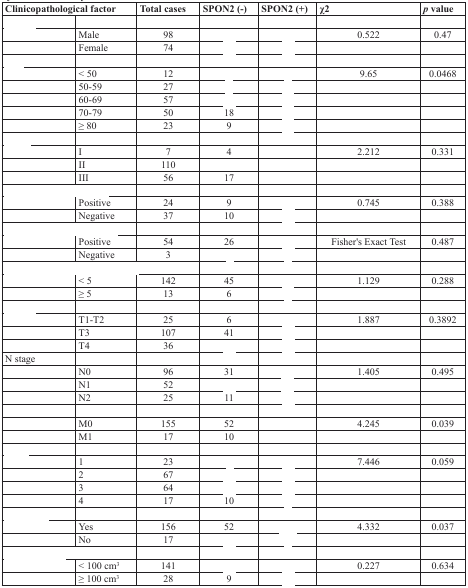
<table><thead><tr><td colspan="2"><b>Clinicopathological factor</b></td><td><b>Total cases</b></td><td><b>SPON2 (−)</b></td><td><b>SPON2 (+)</b></td><td><b>χ2</b></td><td><b><i>p</i> value</b></td></tr></thead><tbody><tr><td>[EMPTY_CELL]</td><td>[EMPTY_CELL]</td><td>[EMPTY_CELL]</td><td>[EMPTY_CELL]</td><td>[EMPTY_CELL]</td><td>[EMPTY_CELL]</td><td>[EMPTY_CELL]</td></tr><tr><td>[EMPTY_CELL]</td><td>Male</td><td>98</td><td>[EMPTY_CELL]</td><td>[EMPTY_CELL]</td><td>0.522</td><td>0.47</td></tr><tr><td>[EMPTY_CELL]</td><td>Female</td><td>74</td><td>[EMPTY_CELL]</td><td>[EMPTY_CELL]</td><td>[EMPTY_CELL]</td><td>[EMPTY_CELL]</td></tr><tr><td>[EMPTY_CELL]</td><td>[EMPTY_CELL]</td><td>[EMPTY_CELL]</td><td>[EMPTY_CELL]</td><td>[EMPTY_CELL]</td><td>[EMPTY_CELL]</td><td>[EMPTY_CELL]</td></tr><tr><td>[EMPTY_CELL]</td><td>&lt; 50</td><td>12</td><td>[EMPTY_CELL]</td><td>[EMPTY_CELL]</td><td>9.65</td><td>0.0468</td></tr><tr><td>[EMPTY_CELL]</td><td>50-59</td><td>27</td><td>[EMPTY_CELL]</td><td>[EMPTY_CELL]</td><td>[EMPTY_CELL]</td><td>[EMPTY_CELL]</td></tr><tr><td>[EMPTY_CELL]</td><td>60-69</td><td>57</td><td>[EMPTY_CELL]</td><td>[EMPTY_CELL]</td><td>[EMPTY_CELL]</td><td>[EMPTY_CELL]</td></tr><tr><td>[EMPTY_CELL]</td><td>70-79</td><td>50</td><td>18</td><td>[EMPTY_CELL]</td><td>[EMPTY_CELL]</td><td>[EMPTY_CELL]</td></tr><tr><td>[EMPTY_CELL]</td><td>≥ 80</td><td>23</td><td>9</td><td>[EMPTY_CELL]</td><td>[EMPTY_CELL]</td><td>[EMPTY_CELL]</td></tr><tr><td>[EMPTY_CELL]</td><td>[EMPTY_CELL]</td><td>[EMPTY_CELL]</td><td>[EMPTY_CELL]</td><td>[EMPTY_CELL]</td><td>[EMPTY_CELL]</td><td>[EMPTY_CELL]</td></tr><tr><td>[EMPTY_CELL]</td><td>I</td><td>7</td><td>4</td><td>[EMPTY_CELL]</td><td>2.212</td><td>0.331</td></tr><tr><td>[EMPTY_CELL]</td><td>II</td><td>110</td><td>[EMPTY_CELL]</td><td>[EMPTY_CELL]</td><td>[EMPTY_CELL]</td><td>[EMPTY_CELL]</td></tr><tr><td>[EMPTY_CELL]</td><td>III</td><td>56</td><td>17</td><td>[EMPTY_CELL]</td><td>[EMPTY_CELL]</td><td>[EMPTY_CELL]</td></tr><tr><td colspan="2">[EMPTY_CELL]</td><td>[EMPTY_CELL]</td><td>[EMPTY_CELL]</td><td>[EMPTY_CELL]</td><td>[EMPTY_CELL]</td><td>[EMPTY_CELL]</td></tr><tr><td>[EMPTY_CELL]</td><td>Positive</td><td>24</td><td>9</td><td>[EMPTY_CELL]</td><td>0.745</td><td>0.388</td></tr><tr><td>[EMPTY_CELL]</td><td>Negative</td><td>37</td><td>10</td><td>[EMPTY_CELL]</td><td>[EMPTY_CELL]</td><td>[EMPTY_CELL]</td></tr><tr><td colspan="2">[EMPTY_CELL]</td><td>[EMPTY_CELL]</td><td>[EMPTY_CELL]</td><td>[EMPTY_CELL]</td><td>[EMPTY_CELL]</td><td>[EMPTY_CELL]</td></tr><tr><td>[EMPTY_CELL]</td><td>Positive</td><td>54</td><td>26</td><td>[EMPTY_CELL]</td><td>Fisher's Exact Test</td><td>0.487</td></tr><tr><td>[EMPTY_CELL]</td><td>Negative</td><td>3</td><td>[EMPTY_CELL]</td><td>[EMPTY_CELL]</td><td>[EMPTY_CELL]</td><td>[EMPTY_CELL]</td></tr><tr><td colspan="3">[EMPTY_CELL]</td><td>[EMPTY_CELL]</td><td>[EMPTY_CELL]</td><td>[EMPTY_CELL]</td><td>[EMPTY_CELL]</td></tr><tr><td>[EMPTY_CELL]</td><td>&lt; 5</td><td>142</td><td>45</td><td>[EMPTY_CELL]</td><td>1.129</td><td>0.288</td></tr><tr><td>[EMPTY_CELL]</td><td>≥ 5</td><td>13</td><td>6</td><td>[EMPTY_CELL]</td><td>[EMPTY_CELL]</td><td>[EMPTY_CELL]</td></tr><tr><td>[EMPTY_CELL]</td><td>[EMPTY_CELL]</td><td>[EMPTY_CELL]</td><td>[EMPTY_CELL]</td><td>[EMPTY_CELL]</td><td>[EMPTY_CELL]</td><td>[EMPTY_CELL]</td></tr><tr><td>[EMPTY_CELL]</td><td>T1-T2</td><td>25</td><td>6</td><td>[EMPTY_CELL]</td><td>1.887</td><td>0.3892</td></tr><tr><td>[EMPTY_CELL]</td><td>T3</td><td>107</td><td>41</td><td>[EMPTY_CELL]</td><td>[EMPTY_CELL]</td><td>[EMPTY_CELL]</td></tr><tr><td>[EMPTY_CELL]</td><td>T4</td><td>36</td><td>[EMPTY_CELL]</td><td>[EMPTY_CELL]</td><td>[EMPTY_CELL]</td><td>[EMPTY_CELL]</td></tr><tr><td>N stage</td><td>[EMPTY_CELL]</td><td>[EMPTY_CELL]</td><td>[EMPTY_CELL]</td><td>[EMPTY_CELL]</td><td>[EMPTY_CELL]</td><td>[EMPTY_CELL]</td></tr><tr><td>[EMPTY_CELL]</td><td>N0</td><td>96</td><td>31</td><td>[EMPTY_CELL]</td><td>1.405</td><td>0.495</td></tr><tr><td>[EMPTY_CELL]</td><td>N1</td><td>52</td><td>[EMPTY_CELL]</td><td>[EMPTY_CELL]</td><td>[EMPTY_CELL]</td><td>[EMPTY_CELL]</td></tr><tr><td>[EMPTY_CELL]</td><td>N2</td><td>25</td><td>11</td><td>[EMPTY_CELL]</td><td>[EMPTY_CELL]</td><td>[EMPTY_CELL]</td></tr><tr><td>[EMPTY_CELL]</td><td>[EMPTY_CELL]</td><td>[EMPTY_CELL]</td><td>[EMPTY_CELL]</td><td>[EMPTY_CELL]</td><td>[EMPTY_CELL]</td><td>[EMPTY_CELL]</td></tr><tr><td>[EMPTY_CELL]</td><td>M0</td><td>155</td><td>52</td><td>[EMPTY_CELL]</td><td>4.245</td><td>0.039</td></tr><tr><td>[EMPTY_CELL]</td><td>M1</td><td>17</td><td>10</td><td>[EMPTY_CELL]</td><td>[EMPTY_CELL]</td><td>[EMPTY_CELL]</td></tr><tr><td>[EMPTY_CELL]</td><td>[EMPTY_CELL]</td><td>[EMPTY_CELL]</td><td>[EMPTY_CELL]</td><td>[EMPTY_CELL]</td><td>[EMPTY_CELL]</td><td>[EMPTY_CELL]</td></tr><tr><td>[EMPTY_CELL]</td><td>1</td><td>23</td><td>[EMPTY_CELL]</td><td>[EMPTY_CELL]</td><td>7.446</td><td>0.059</td></tr><tr><td>[EMPTY_CELL]</td><td>2</td><td>67</td><td>[EMPTY_CELL]</td><td>[EMPTY_CELL]</td><td>[EMPTY_CELL]</td><td>[EMPTY_CELL]</td></tr><tr><td>[EMPTY_CELL]</td><td>3</td><td>64</td><td>[EMPTY_CELL]</td><td>[EMPTY_CELL]</td><td>[EMPTY_CELL]</td><td>[EMPTY_CELL]</td></tr><tr><td>[EMPTY_CELL]</td><td>4</td><td>17</td><td>10</td><td>[EMPTY_CELL]</td><td>[EMPTY_CELL]</td><td>[EMPTY_CELL]</td></tr><tr><td>[EMPTY_CELL]</td><td>[EMPTY_CELL]</td><td>[EMPTY_CELL]</td><td>[EMPTY_CELL]</td><td>[EMPTY_CELL]</td><td>[EMPTY_CELL]</td><td>[EMPTY_CELL]</td></tr><tr><td>[EMPTY_CELL]</td><td>Yes</td><td>156</td><td>52</td><td>[EMPTY_CELL]</td><td>4.332</td><td>0.037</td></tr><tr><td>[EMPTY_CELL]</td><td>No</td><td>17</td><td>[EMPTY_CELL]</td><td>[EMPTY_CELL]</td><td>[EMPTY_CELL]</td><td>[EMPTY_CELL]</td></tr><tr><td colspan="2">[EMPTY_CELL]</td><td>[EMPTY_CELL]</td><td>[EMPTY_CELL]</td><td>[EMPTY_CELL]</td><td>[EMPTY_CELL]</td><td>[EMPTY_CELL]</td></tr><tr><td>[EMPTY_CELL]</td><td>&lt; 100 cm<sup>3</sup></td><td>141</td><td>[EMPTY_CELL]</td><td>[EMPTY_CELL]</td><td>0.227</td><td>0.634</td></tr><tr><td>[EMPTY_CELL]</td><td>≥ 100 cm<sup>3</sup></td><td>28</td><td>9</td><td>[EMPTY_CELL]</td><td>[EMPTY_CELL]</td><td>[EMPTY_CELL]</td></tr></tbody></table>